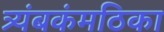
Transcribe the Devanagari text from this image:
त्र्यंबकंमठिका